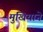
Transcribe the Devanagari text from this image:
मुखियाने